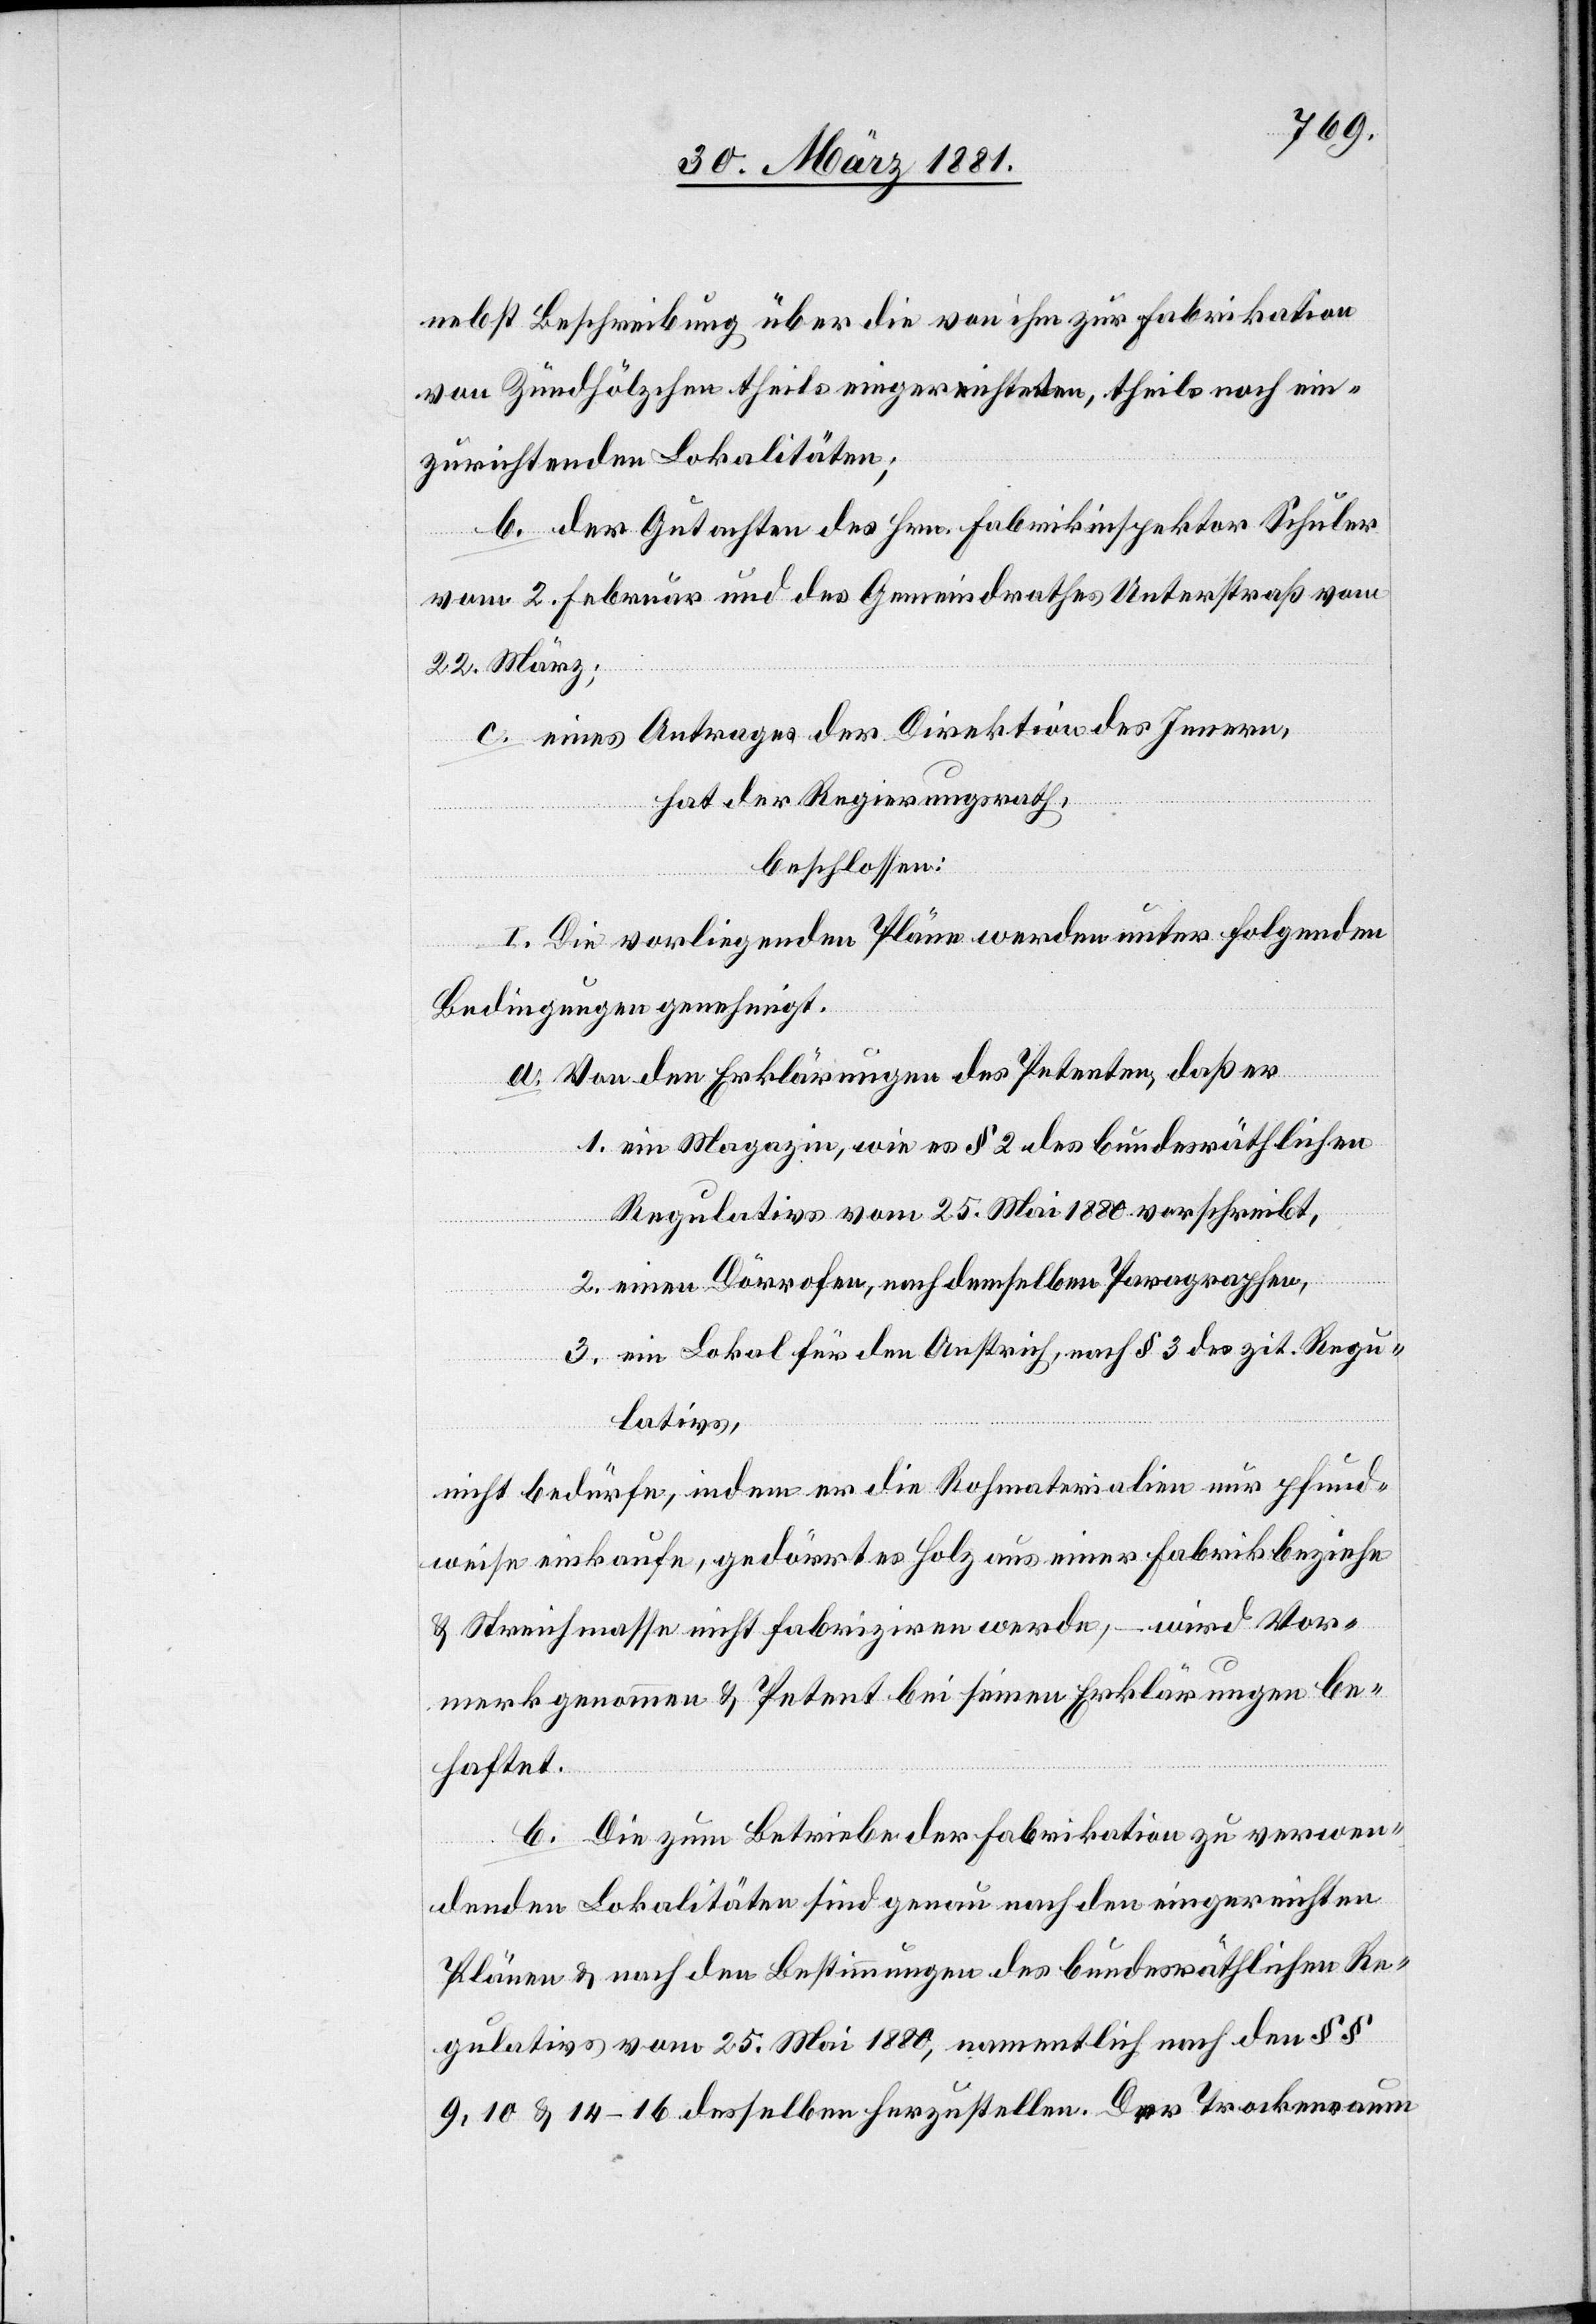
nebst Beschreibung über die von ihm zu Fabrikation
von Zundhölzchen theils eingerichteten, theils noch ein¬
zurichtenden Lokalitäten;
vom 2. Februar und des Gemeindrathes Unterstraß vom
22. März;
c. eines Antrages der Direktion des Innern,
hat der Regierungsrath,
beschlossen:
I. Die vorliegenden Pläne werden unter folgenden
Bedingungen genehmigt.
a. von den Erklärungen des Petenten, daß er
1. ein Magazin, wie es § 2 des bundesräthlichen
Regulativs vom 25. Mai 1880 vorschreibt,
2. einen Dörrofen, nach demselben Paragraphen,
3. ein Lokal für den Anstrich, nach § 3 des zit. Regu¬
lativs,
nicht bedürfe, indem er die Rohmaterialen nur pfund¬
weise einkaufe, gedörrtes Holz aus einer Fabrik beziehe
& Streichmasse nicht fabriziren werde, – wird Vor¬
merk genommen & Petent bei seinen Erklärungen be¬
haftet.
b. Die zum Betriebe der Fabrikation zu verwen¬
denden Lokalitäten sind genau nach den eingereichten
Plänen & nach den Bestimmungen des bundesräthlichen Re¬
gulativs vom 25. Mai 1880, namentlich nach den §§
9, 10 & 14–16 desselben herzustellen. Der Trockenraum